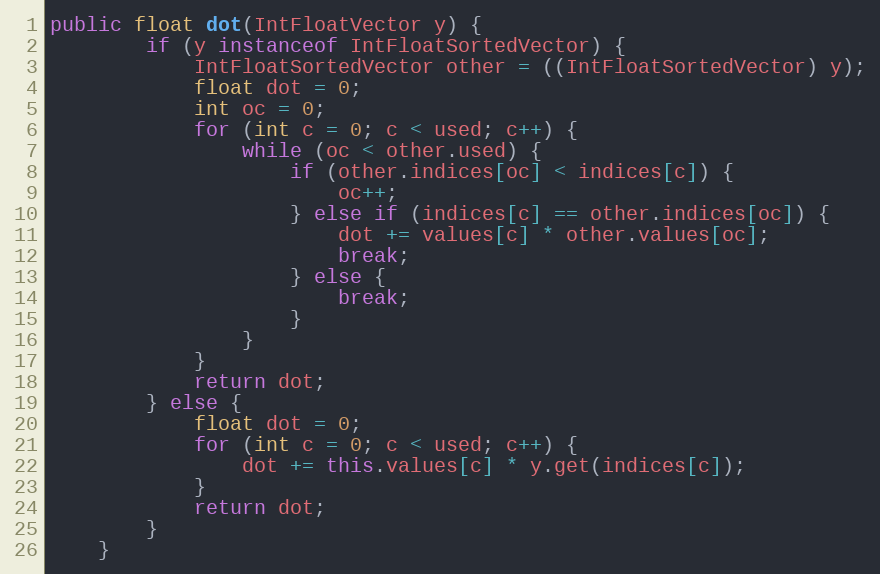
Language: Java
public float dot(IntFloatVector y) {
        if (y instanceof IntFloatSortedVector) {
            IntFloatSortedVector other = ((IntFloatSortedVector) y);
            float dot = 0;
            int oc = 0;
            for (int c = 0; c < used; c++) {
                while (oc < other.used) {
                    if (other.indices[oc] < indices[c]) {
                        oc++;
                    } else if (indices[c] == other.indices[oc]) {
                        dot += values[c] * other.values[oc];
                        break;
                    } else {
                        break;
                    }
                }
            }
            return dot;
        } else {
            float dot = 0;
            for (int c = 0; c < used; c++) {
                dot += this.values[c] * y.get(indices[c]);
            }
            return dot;
        }
    }